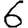
Digit: 6